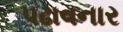
પઢાવનાર